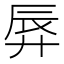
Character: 𫸚